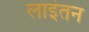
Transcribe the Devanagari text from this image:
लाइंतन